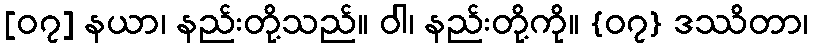
[၀၇] နယာ၊ နည်းတို့သည်။ ဝါ၊ နည်းတို့ကို။ {၀၇} ဒဿိတာ၊